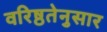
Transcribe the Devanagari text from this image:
वरिष्ठतेनुसार